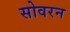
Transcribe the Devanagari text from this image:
सोवरन